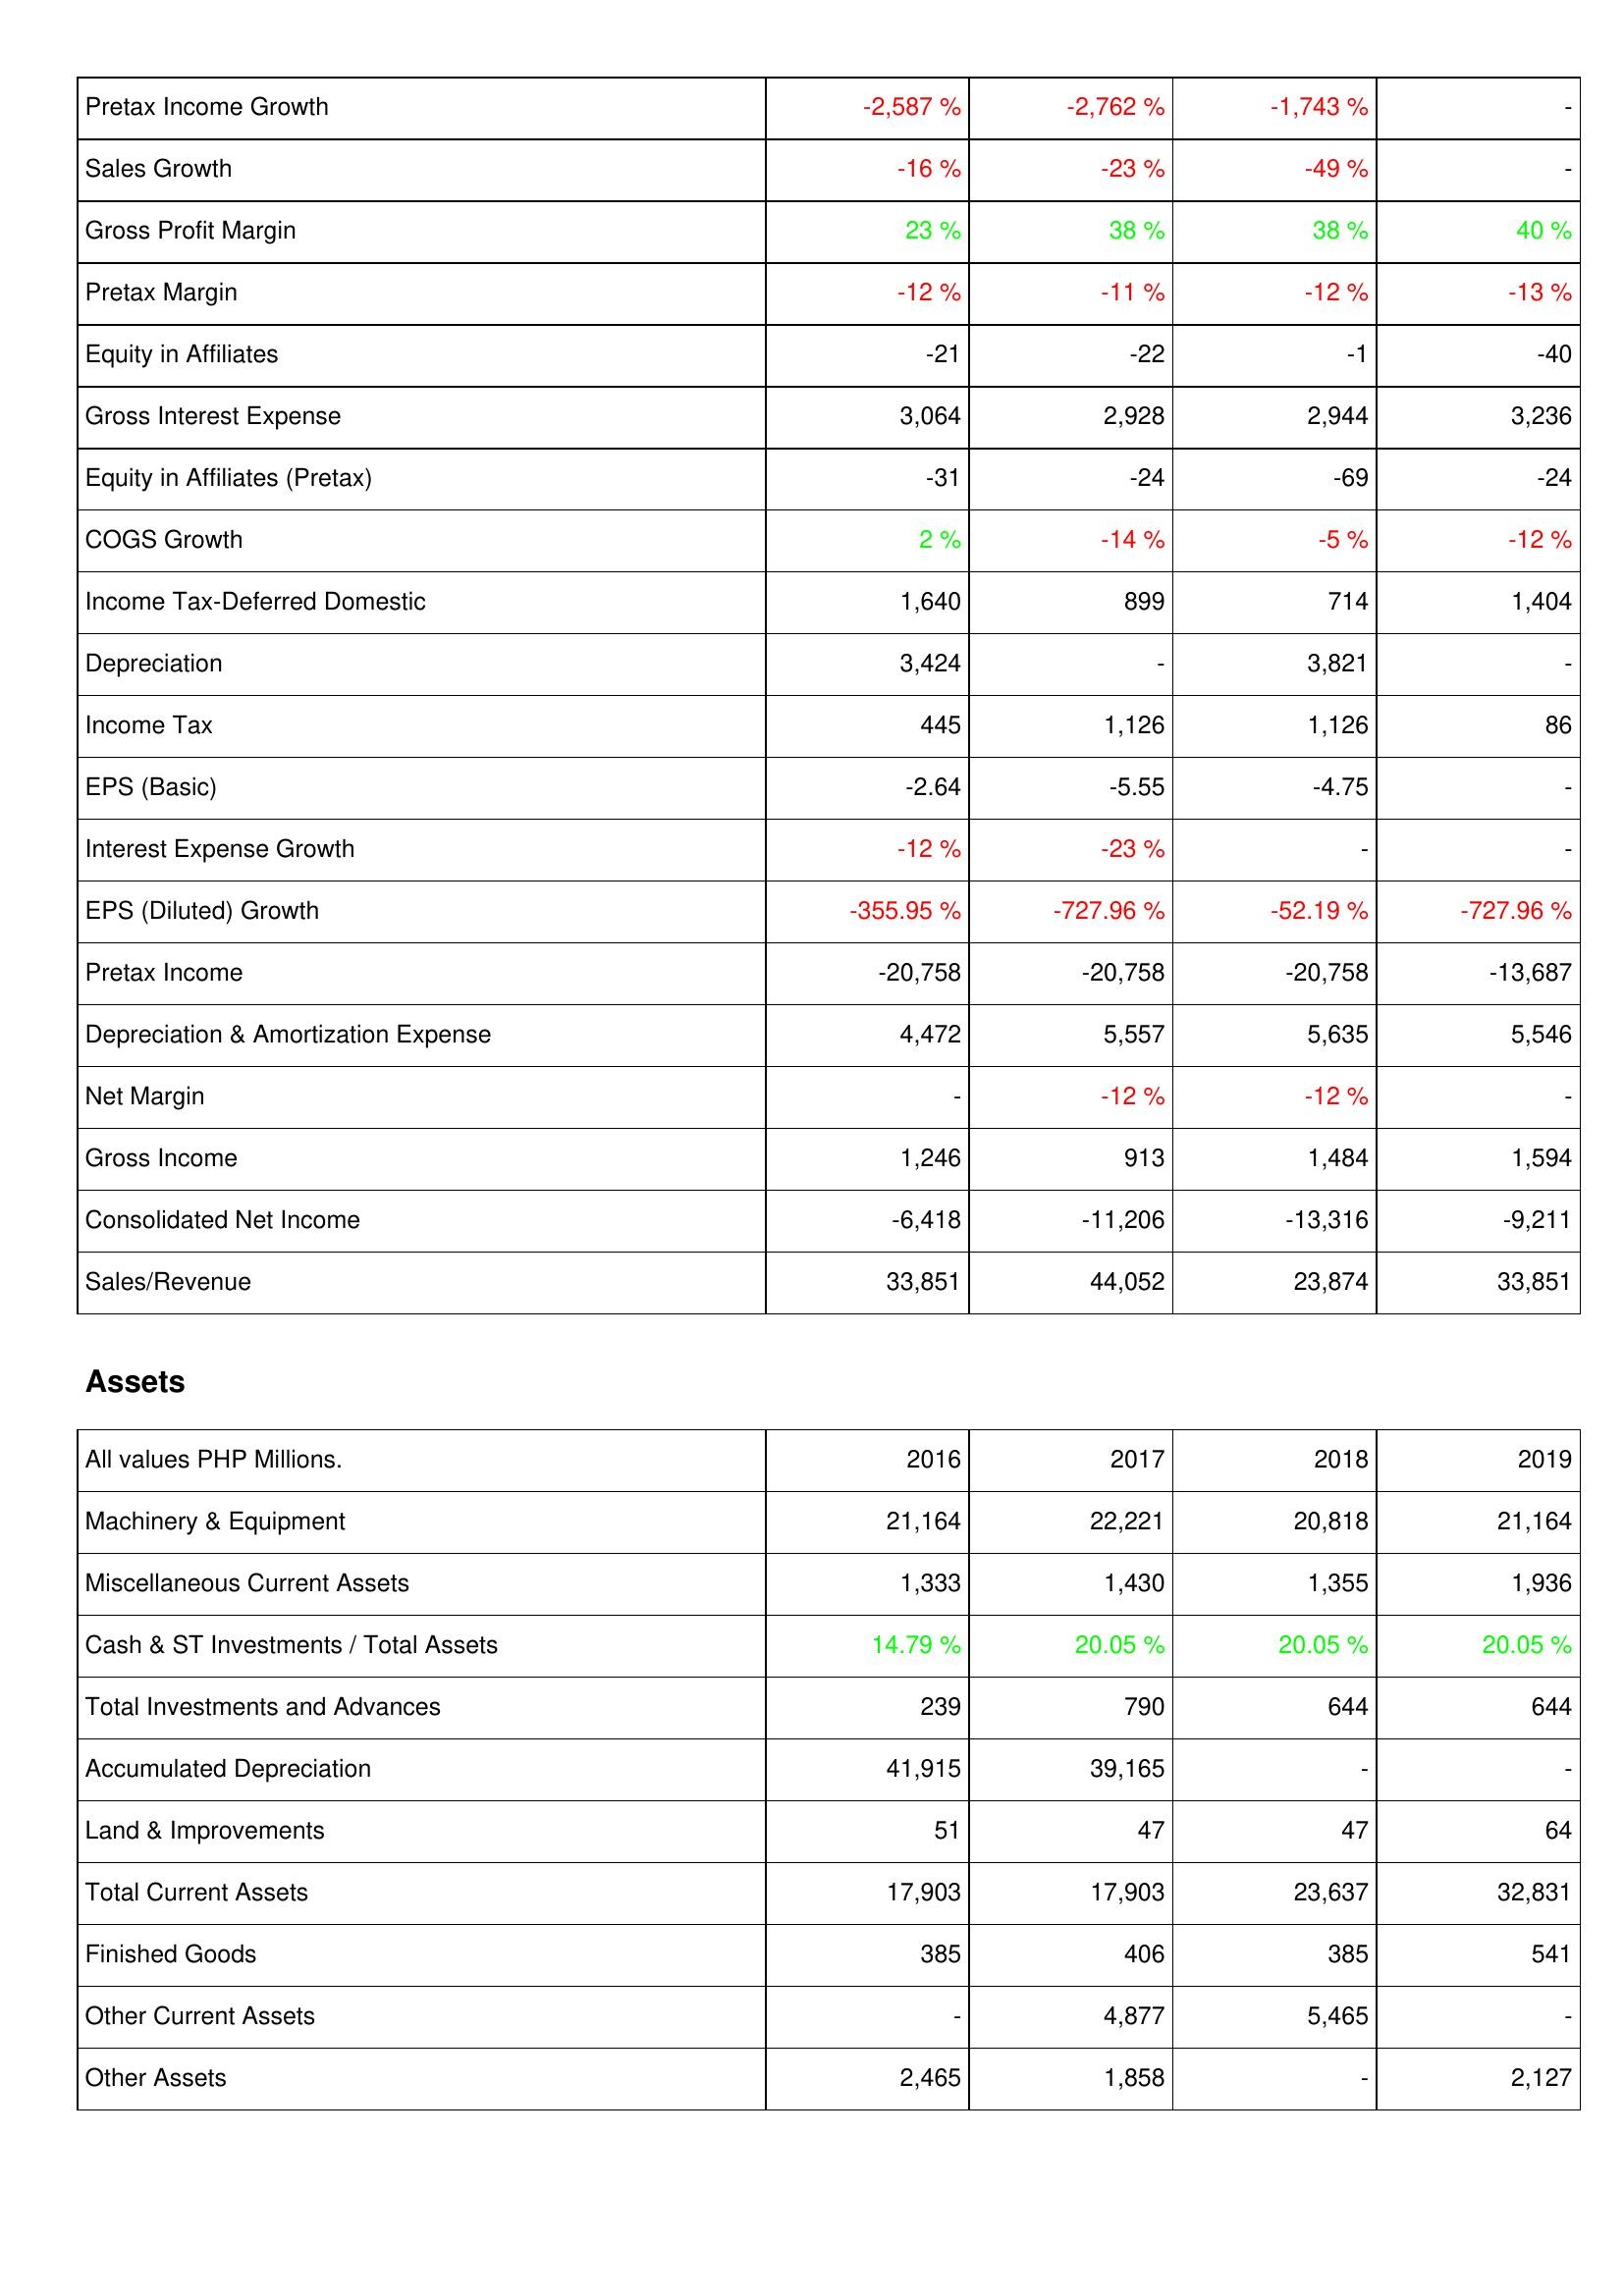
2016: Income Statement: Pretax Income Growth: -2,587 %
Sales Growth: -16 %
Gross Profit Margin: 23 %
Pretax Margin: -12 %
Equity in Affiliates: -21
Gross Interest Expense: 3,064
Equity in Affiliates (Pretax): -31
COGS Growth: 2 %
Income Tax-Deferred Domestic: 1,640
Depreciation: 3,424
Income Tax: 445
EPS (Basic): -2.64
Interest Expense Growth: -12 %
EPS (Diluted) Growth: -355.95 %
Pretax Income: -20,758
Depreciation & Amortization Expense: 4,472
Net Margin: -
Gross Income: 1,246
Consolidated Net Income: -6,418
Sales/Revenue: 33,851
Assets: Machinery & Equipment: 21,164
Miscellaneous Current Assets: 1,333
Cash & ST Investments / Total Assets: 14.79 %
Total Investments and Advances: 239
Accumulated Depreciation: 41,915
Land & Improvements: 51
Total Current Assets: 17,903
Finished Goods: 385
Other Current Assets: -
Other Assets: 2,465
2017: Income Statement: Pretax Income Growth: -2,762 %
Sales Growth: -23 %
Gross Profit Margin: 38 %
Pretax Margin: -11 %
Equity in Affiliates: -22
Gross Interest Expense: 2,928
Equity in Affiliates (Pretax): -24
COGS Growth: -14 %
Income Tax-Deferred Domestic: 899
Depreciation: -
Income Tax: 1,126
EPS (Basic): -5.55
Interest Expense Growth: -23 %
EPS (Diluted) Growth: -727.96 %
Pretax Income: -20,758
Depreciation & Amortization Expense: 5,557
Net Margin: -12 %
Gross Income: 913
Consolidated Net Income: -11,206
Sales/Revenue: 44,052
Assets: Machinery & Equipment: 22,221
Miscellaneous Current Assets: 1,430
Cash & ST Investments / Total Assets: 20.05 %
Total Investments and Advances: 790
Accumulated Depreciation: 39,165
Land & Improvements: 47
Total Current Assets: 17,903
Finished Goods: 406
Other Current Assets: 4,877
Other Assets: 1,858
2018: Income Statement: Pretax Income Growth: -1,743 %
Sales Growth: -49 %
Gross Profit Margin: 38 %
Pretax Margin: -12 %
Equity in Affiliates: -1
Gross Interest Expense: 2,944
Equity in Affiliates (Pretax): -69
COGS Growth: -5 %
Income Tax-Deferred Domestic: 714
Depreciation: 3,821
Income Tax: 1,126
EPS (Basic): -4.75
Interest Expense Growth: -
EPS (Diluted) Growth: -52.19 %
Pretax Income: -20,758
Depreciation & Amortization Expense: 5,635
Net Margin: -12 %
Gross Income: 1,484
Consolidated Net Income: -13,316
Sales/Revenue: 23,874
Assets: Machinery & Equipment: 20,818
Miscellaneous Current Assets: 1,355
Cash & ST Investments / Total Assets: 20.05 %
Total Investments and Advances: 644
Accumulated Depreciation: -
Land & Improvements: 47
Total Current Assets: 23,637
Finished Goods: 385
Other Current Assets: 5,465
Other Assets: -
2019: Income Statement: Pretax Income Growth: -
Sales Growth: -
Gross Profit Margin: 40 %
Pretax Margin: -13 %
Equity in Affiliates: -40
Gross Interest Expense: 3,236
Equity in Affiliates (Pretax): -24
COGS Growth: -12 %
Income Tax-Deferred Domestic: 1,404
Depreciation: -
Income Tax: 86
EPS (Basic): -
Interest Expense Growth: -
EPS (Diluted) Growth: -727.96 %
Pretax Income: -13,687
Depreciation & Amortization Expense: 5,546
Net Margin: -
Gross Income: 1,594
Consolidated Net Income: -9,211
Sales/Revenue: 33,851
Assets: Machinery & Equipment: 21,164
Miscellaneous Current Assets: 1,936
Cash & ST Investments / Total Assets: 20.05 %
Total Investments and Advances: 644
Accumulated Depreciation: -
Land & Improvements: 64
Total Current Assets: 32,831
Finished Goods: 541
Other Current Assets: -
Other Assets: 2,127